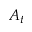
A _ { t }